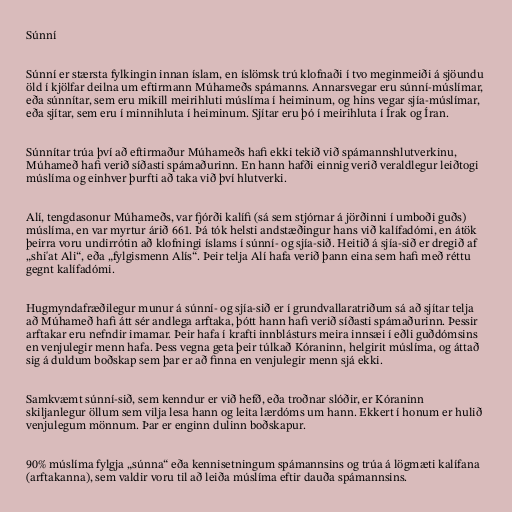
Súnní

Súnní er stærsta fylkingin innan íslam, en íslömsk trú klofnaði í tvo meginmeiði á sjöundu
öld í kjölfar deilna um eftirmann Múhameðs spámanns. Annarsvegar eru súnní-múslímar,
eða súnnítar, sem eru mikill meirihluti múslíma í heiminum, og hins vegar sjía-múslímar,
eða sjítar, sem eru í minnihluta í heiminum. Sjítar eru þó í meirihluta í Írak og Íran.

Súnnítar trúa því að eftirmaður Múhameðs hafi ekki tekið við spámannshlutverkinu,
Múhameð hafi verið síðasti spámaðurinn. En hann hafði einnig verið veraldlegur leiðtogi
múslíma og einhver þurfti að taka við því hlutverki.

Alí, tengdasonur Múhameðs, var fjórði kalífi (sá sem stjórnar á jörðinni í umboði guðs)
múslíma, en var myrtur árið 661. Þá tók helsti andstæðingur hans við kalífadómi, en átök
þeirra voru undirrótin að klofningi íslams í súnní- og sjía-sið. Heitið á sjía-sið er dregið af
„shi'at Ali“, eða „fylgismenn Alís“. Þeir telja Alí hafa verið þann eina sem hafi með réttu
gegnt kalífadómi.

Hugmyndafræðilegur munur á súnní- og sjía-sið er í grundvallaratriðum sá að sjítar telja
að Múhameð hafi átt sér andlega arftaka, þótt hann hafi verið síðasti spámaðurinn. Þessir
arftakar eru nefndir imamar. Þeir hafa í krafti innblásturs meira innsæi í eðli guðdómsins
en venjulegir menn hafa. Þess vegna geta þeir túlkað Kóraninn, helgirit múslíma, og áttað
sig á duldum boðskap sem þar er að finna en venjulegir menn sjá ekki.

Samkvæmt súnní-sið, sem kenndur er við hefð, eða troðnar slóðir, er Kóraninn
skiljanlegur öllum sem vilja lesa hann og leita lærdóms um hann. Ekkert í honum er hulið
venjulegum mönnum. Þar er enginn dulinn boðskapur.

90% múslíma fylgja „súnna“ eða kennisetningum spámannsins og trúa á lögmæti kalífana
(arftakanna), sem valdir voru til að leiða múslíma eftir dauða spámannsins.